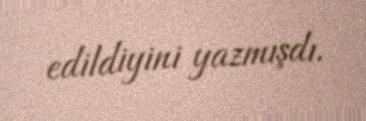
edildiyini yazmışdı.